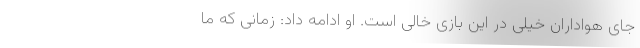
جای هواداران خیلی در این بازی خالی است. او ادامه داد: زمانی که ما